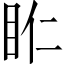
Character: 𥄰